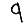
Digit: 9